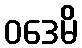
ဝဒေမိ